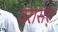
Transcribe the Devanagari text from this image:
वरासर्